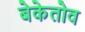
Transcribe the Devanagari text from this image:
बेकेतोव